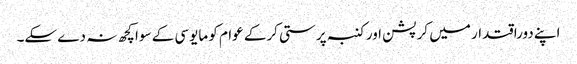
اپنے دوراقتدار میں کرپشن اور کنبہ پرستی کرکے عوام کو مایوسی کے سوا کچھ نہ دے سکے۔